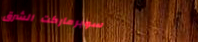
سوبرماركت الشرق